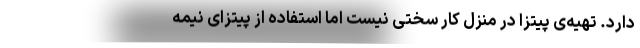
دارد. تهیه‌ی پیتزا در منزل کار سختی نیست اما استفاده از پیتزای نیمه